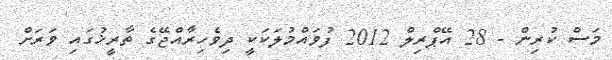
މަސް ކުރިން - 28 އޭޕްރިލް 2012 ފުވައްމުލަކަކީ ދިވެހިރާއްޖޭގެ ތާރީޚުގައި ވަރަށް